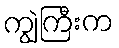
ကျွဲကြီးက